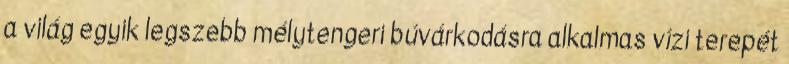
a világ egyik legszebb mélytengeri búvárkodásra alkalmas vízi terepét